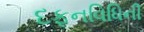
દફનવિધિની